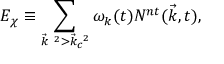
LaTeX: E _ { \chi } \equiv \sum _ { { \vec { k } } ^ { ~ 2 } > { \vec { k } } _ { c } ^ { ~ 2 } } { \omega } _ { k } ( t ) { \cal N } ^ { n t } ( { \vec { k } } , t ) ,